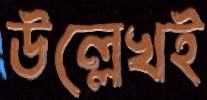
উল্লেখই